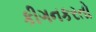
કીગનકરતો